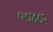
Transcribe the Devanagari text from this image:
०७४८२